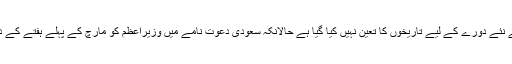
اب تک سعودی عرب کے نئے دورے کے لیے تاریخوں کا تعین نہیں کیا گیا ہے حالانکہ سعودی دعوت نامے میں وزیراعظم کو مارچ کے پہلے ہفتے کے دوران آنے کا کہا گیا ہے۔